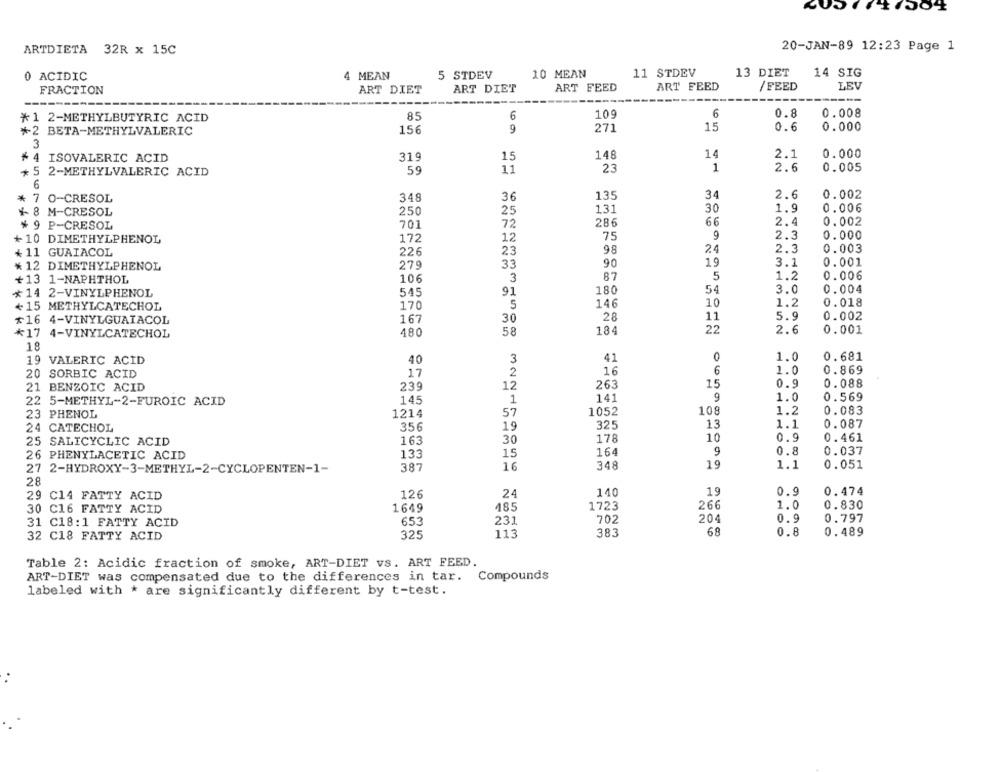
20-JAN-89 12:23 Page 1
ARTDIETA 32R x 15C
0 ACIDIC
4 MEAN
5 STDEV
10 MEAN
11 STDEV
13 DIET
14 SIG
ART FEED
/FEED
LEV
FRACTION
ART DIET
ART DIET
ART FEED
------
85
6
10
6
0.8
0.008
*1 2-METHYLBUTYRIC ACID
+2 BETA-METHYLVALERIC
156
9
271
15
0.6
0.000
3
148
14
2.1
0.000
+4 ISOVALERIC ACID
319
15
59
11
23
1
2.6
0.005
+ 5 2-METHYLVALERIC ACID
6
* 7 0-CRESOL
348
36
135
34
2.6
0.002
0.006
4 8 M-CRESOL
250
25
131
30
1.9
701
72
286
66
2.4
0.002
* 9 P-CRESOL
+ 10 DIMETHYLPHENOL
172
12
75
9
2.3
0.000
24
+11 GUAIACOL
226
23
98
2.3
0.003
90
19
3.1
0.001
* 12 DIMETHYLPHENOL
279
33
106
3
87
5
1.2
0.006
+13 1-NAPHTHOL
*14 2-VINYLPHENOL
545
91
180
54
3.0
0.004
1.2
0.018
+15 METHYLCATECHOL
170
5
146
10
11
5.9
0.002
+16 4-VINYLGUAIACOL
167
30
28
*17 4-VINYLCATECHOL
480
58
184
22
2.6
0.001
18
0.681
19 VALERIC ACID
40
3
41
0
1.0
2
16
6
1.0
0.869
20 SORBIC ACID
17
21 BENZOIC ACID
239
12
263
15
0.9
0.088
22 5-METHYL-2-FUROIC ACID
145
1
141
9
1.0
0.569
108
1.2
23 PHENOL
1214
57
1052
0.083
13
1.1
0.087
24 CATECHOL
356
19
325
163
30
178
10
0.9
0.461
25 SALICYCLIC ACID
26 PHENYLACETIC ACID
133
15
164
9
0.8
0.037
27 2-HYDROXY-3-METHYL-2-CYCLOPENTEN-1-
387
16
348
19
1.1
0.051
28
126
24
140
1.9
0.9
0.474
29 C14 FATTY ACID
30 C16 FATTY ACID
1649
485
1723
266
1.0
0.830
204
0.9
31 C18:1 FATTY ACID
653
231
702
0.797
113
383
68
0.8
0.489
32 C18 FATTY ACID
325
Table 2: Acidic fraction of smoke, ART-DIET vs. ART FEED.
ART-DIET was compensated due to the differences in tar. Compounds
labeled with * are significantly different by t-test.